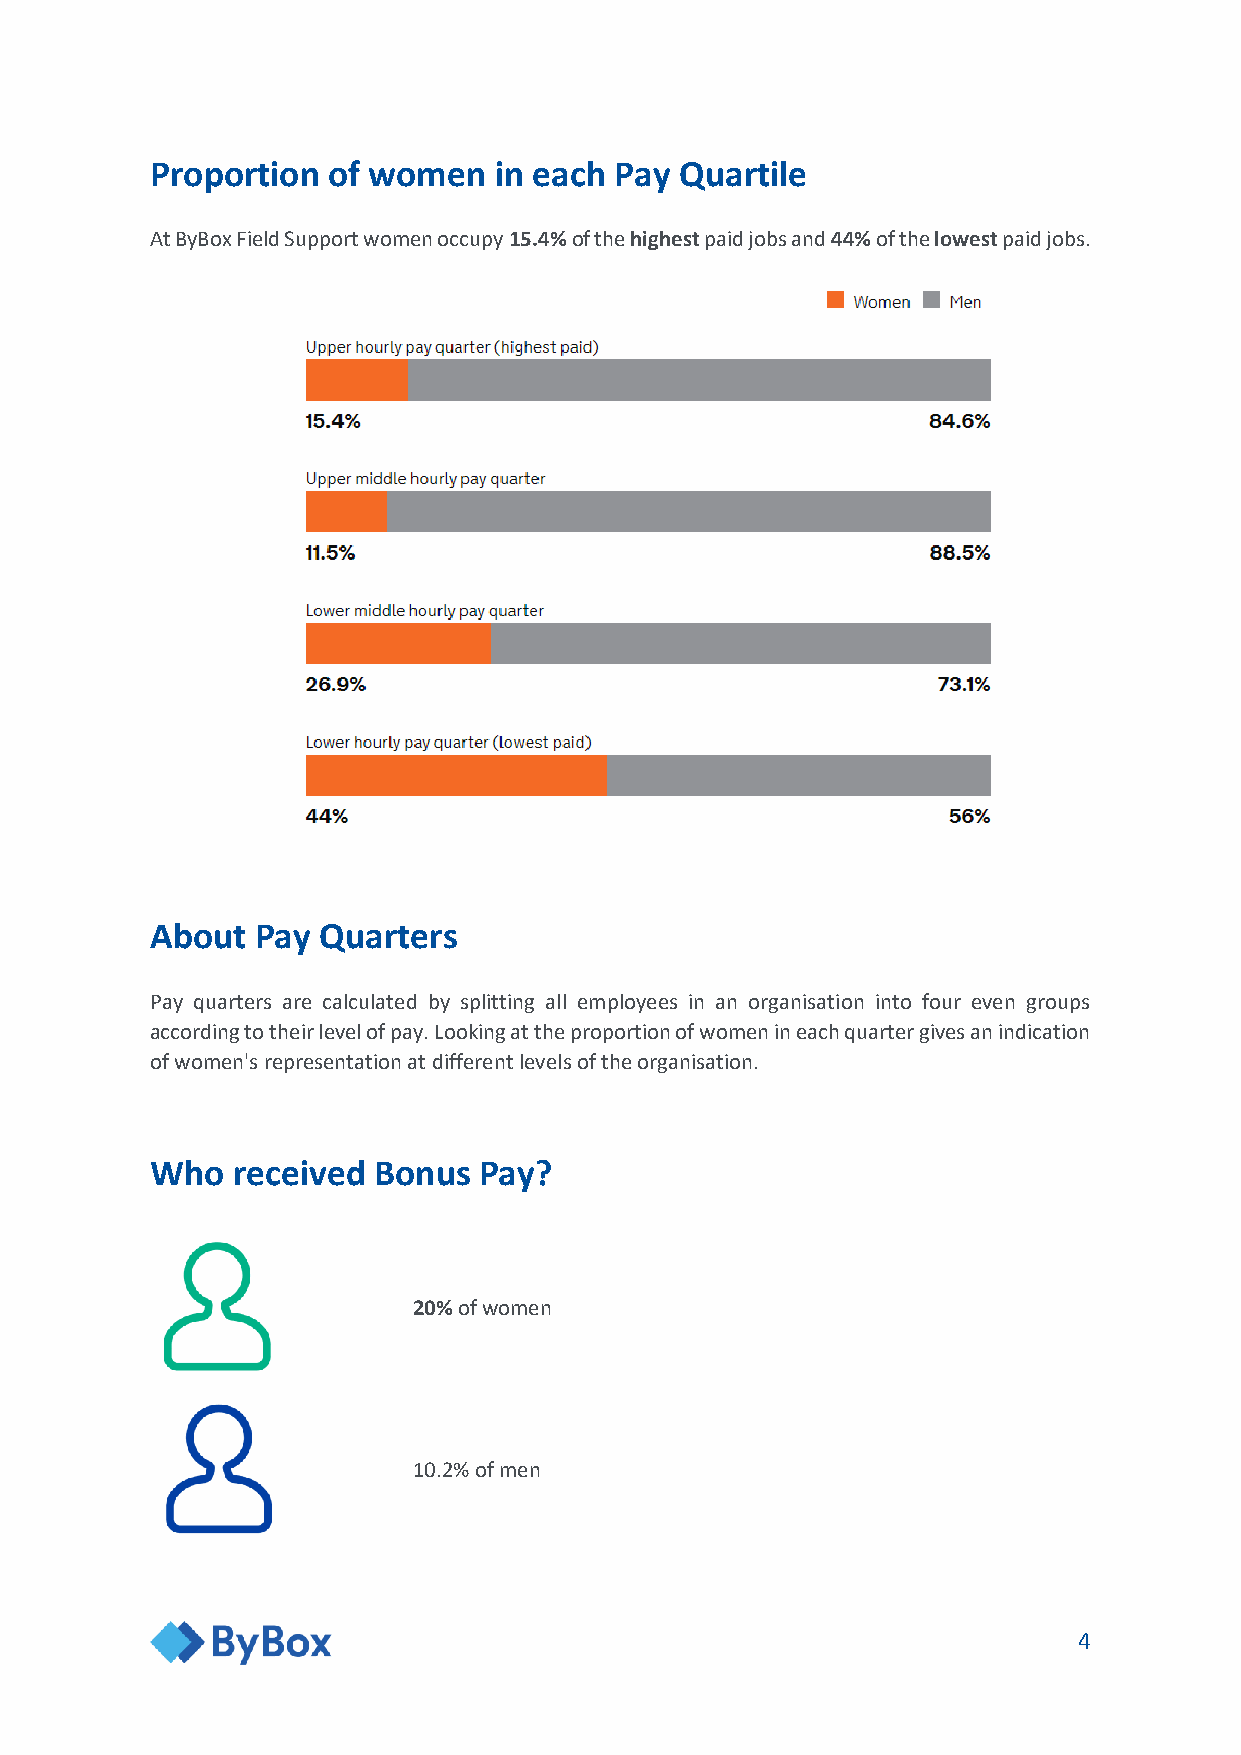
Proportion  of women   in each Pay Quartile
 At ByBox Field Support women occupy 15.4% of the highest paid jobs and 44% of the lowest paid jobs.
 Graph
 About  Pay Quarters
 Pay quarters are calculated by splitting all employees in an organisation into four even groups
 according to their level of pay. Looking at the proportion of women in each quarter gives an indication
 of women's representation at different levels of the organisation.
 Who  received  Bonus  Pay?
 20% of women
 10.2% of men
 4